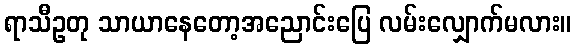
ရာသီဥတု သာယာနေတော့အညောင်းပြေ လမ်းလျှောက်မလား။